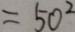
= 5 0 ^ { 2 }